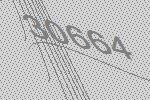
30664